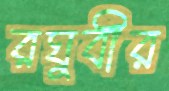
রঘুবীর